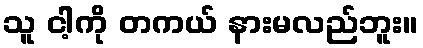
သူ ငါ့ကို တကယ် နားမလည်ဘူး။